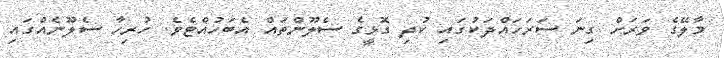
މާލޭގެ ވަރަށް ގިނަ ސަރަހައްދަކުގައި ކުދި ގޮޅީގެ ސެލޫންތައް އެބަހުއްޓެވެ. ހުރިހާ ސެލޫނެއްގައި